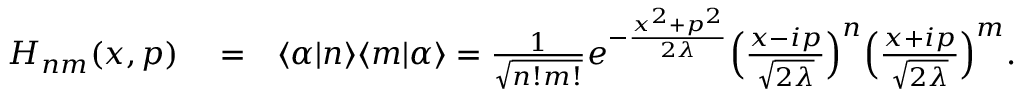
\begin{array} { r l r } { H _ { n m } ( x , p ) } & { { } = } & { \langle \alpha | n \rangle \langle m | \alpha \rangle = \frac { 1 } { \sqrt { n ! m ! } } e ^ { - \frac { x ^ { 2 } + p ^ { 2 } } { 2 \lambda } } \Big ( \frac { x - i p } { \sqrt { 2 \lambda } } \Big ) ^ { n } \Big ( \frac { x + i p } { \sqrt { 2 \lambda } } \Big ) ^ { m } . } \end{array}